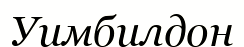
Уимбилдон